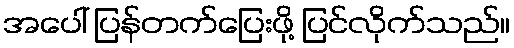
အပေါ် ပြန်တက်ပြေးဖို့ ပြင်လိုက်သည်။